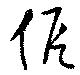
假